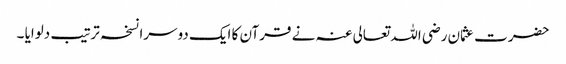
حضرت عثمان رضی اللہ تعالی عنہ نے قرآن کا ایک دوسرا نسخہ ترتیب دلوایا ۔